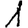
Digit: 1